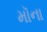
મૉના